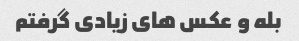
بله و عکس های زیادی گرفتم